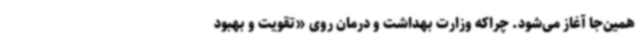
همین‌جا آغاز می‌شود. چراکه وزارت بهداشت و درمان روی «تقویت و بهبود